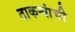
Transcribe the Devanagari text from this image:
ठाकऱ्यांची